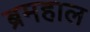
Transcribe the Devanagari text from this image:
ब्रमहाल